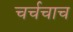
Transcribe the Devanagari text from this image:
चर्चचाच